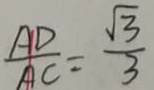
\frac { A D } { A C } = \frac { \sqrt { 3 } } { 3 }